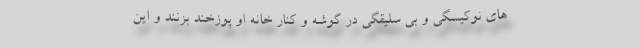
های نوکیسگی و بی سلیقگی در گوشه و کنار خانه او پوزخند بزنند و این